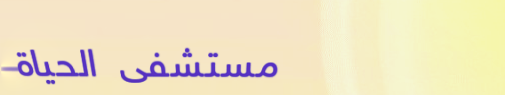
مستشفى الحياة